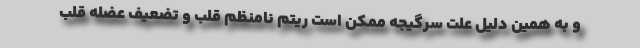
و به همین دلیل علت سرگیجه ممکن است ریتم نامنظم قلب و تضعیف عضله قلب